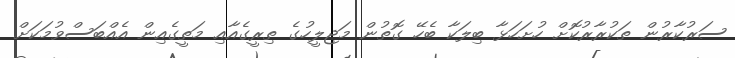
ސަރުކާރުން ތަކުރާރުކޮށް ހުށަހަޅާ ބިލަކާ ބެހޭ ގޮތުން މަޖިލީހުގެ ތިރީގެއާއި މަތީގެއިން އެއްބަސްވުމަކަށް